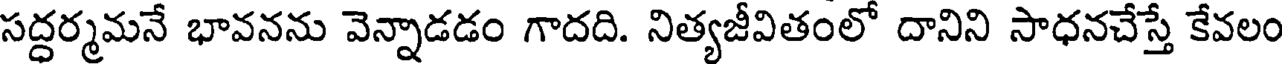
సద్ధర్మమనే భావనను వెన్నాడడం గాదది. నిత్యజీవితంలో దానిని సాధనచేస్తే కేవలం